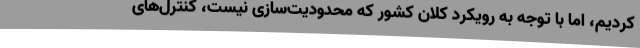
کردیم، اما با توجه به رویکرد کلان کشور که محدودیت‌سازی نیست، کنترل‌های